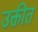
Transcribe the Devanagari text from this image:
उक्तीत